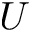
U